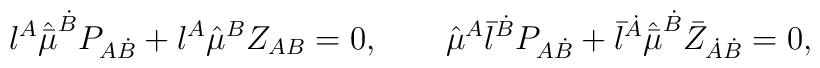
{\l}^{A} \hat{\bar{\mu}}^{\dot{B}} P_{A\dot{B}}  + \l^A \hat{\mu}^B Z_{AB} = 0,  \qquad \hat{\mu}^{A} {\bar{\l}}^{\dot{B}} P_{A\dot{B}}  + \bar{\l}^{\dot{A}} \hat{\bar{\mu}}^{\dot{B}} \bar{Z}_{\dot{A}\dot{B}} = 0,